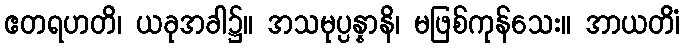
ဧတရဟတိ၊ ယခုအခါ၌။ အသမုပ္ပန္နာနိ၊ မဖြစ်ကုန်သေး။ အာယတိံ၊